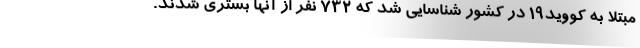
مبتلا به کووید۱۹ در کشور شناسایی شد که ۷۳۲ نفر از آنها بستری شدند.